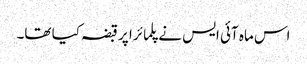
اس ماہ آئی ایس نے پلمائرا پر قبضہ کیا تھا۔